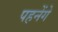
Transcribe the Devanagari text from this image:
पहनेंगे